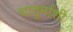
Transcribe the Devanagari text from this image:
चातुर्माशी